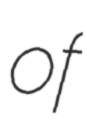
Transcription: of